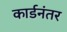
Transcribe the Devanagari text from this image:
कार्डनंतर